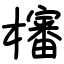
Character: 㰂